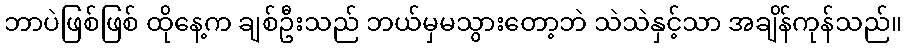
ဘာပဲဖြစ်ဖြစ် ထိုနေ့က ချစ်ဦးသည် ဘယ်မှမသွားတော့ဘဲ သဲသဲနှင့်သာ အချိန်ကုန်သည်။